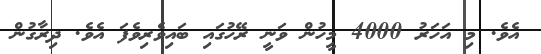
އެވެ. މި އަހަރު 4000 މީހުން ވަނީ ރޭހުގައި ބައިވެރިވެފަ އެވެ. ދިރާގުން